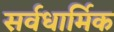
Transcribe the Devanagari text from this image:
सर्वधार्मिक